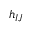
h _ { I J }